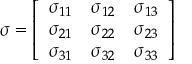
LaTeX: { \boldsymbol { \sigma } } = \left[ { \begin{array} { l l l } { \sigma _ { 1 1 } } & { \sigma _ { 1 2 } } & { \sigma _ { 1 3 } } \\ { \sigma _ { 2 1 } } & { \sigma _ { 2 2 } } & { \sigma _ { 2 3 } } \\ { \sigma _ { 3 1 } } & { \sigma _ { 3 2 } } & { \sigma _ { 3 3 } } \end{array} } \right]